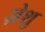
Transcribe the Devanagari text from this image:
ज़ेशु